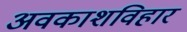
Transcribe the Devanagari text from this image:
अवकाशविहार